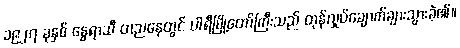
၁၉၂၇ ခုနှစ် နွေရာသီ တညနေတွင် ပါရီမြို့တော်ကြီးသည် တုန်လှုပ်ချောက်ချားသွားခဲ့၏။